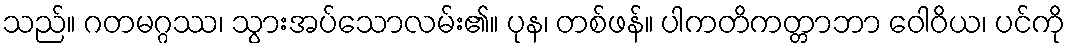
သည်။ ဂတမဂ္ဂဿ၊ သွားအပ်သောလမ်း၏။ ပုန၊ တစ်ဖန်။ ပါကတိကတ္တာဘာ ဝေါဝိယ၊ ပင်ကို